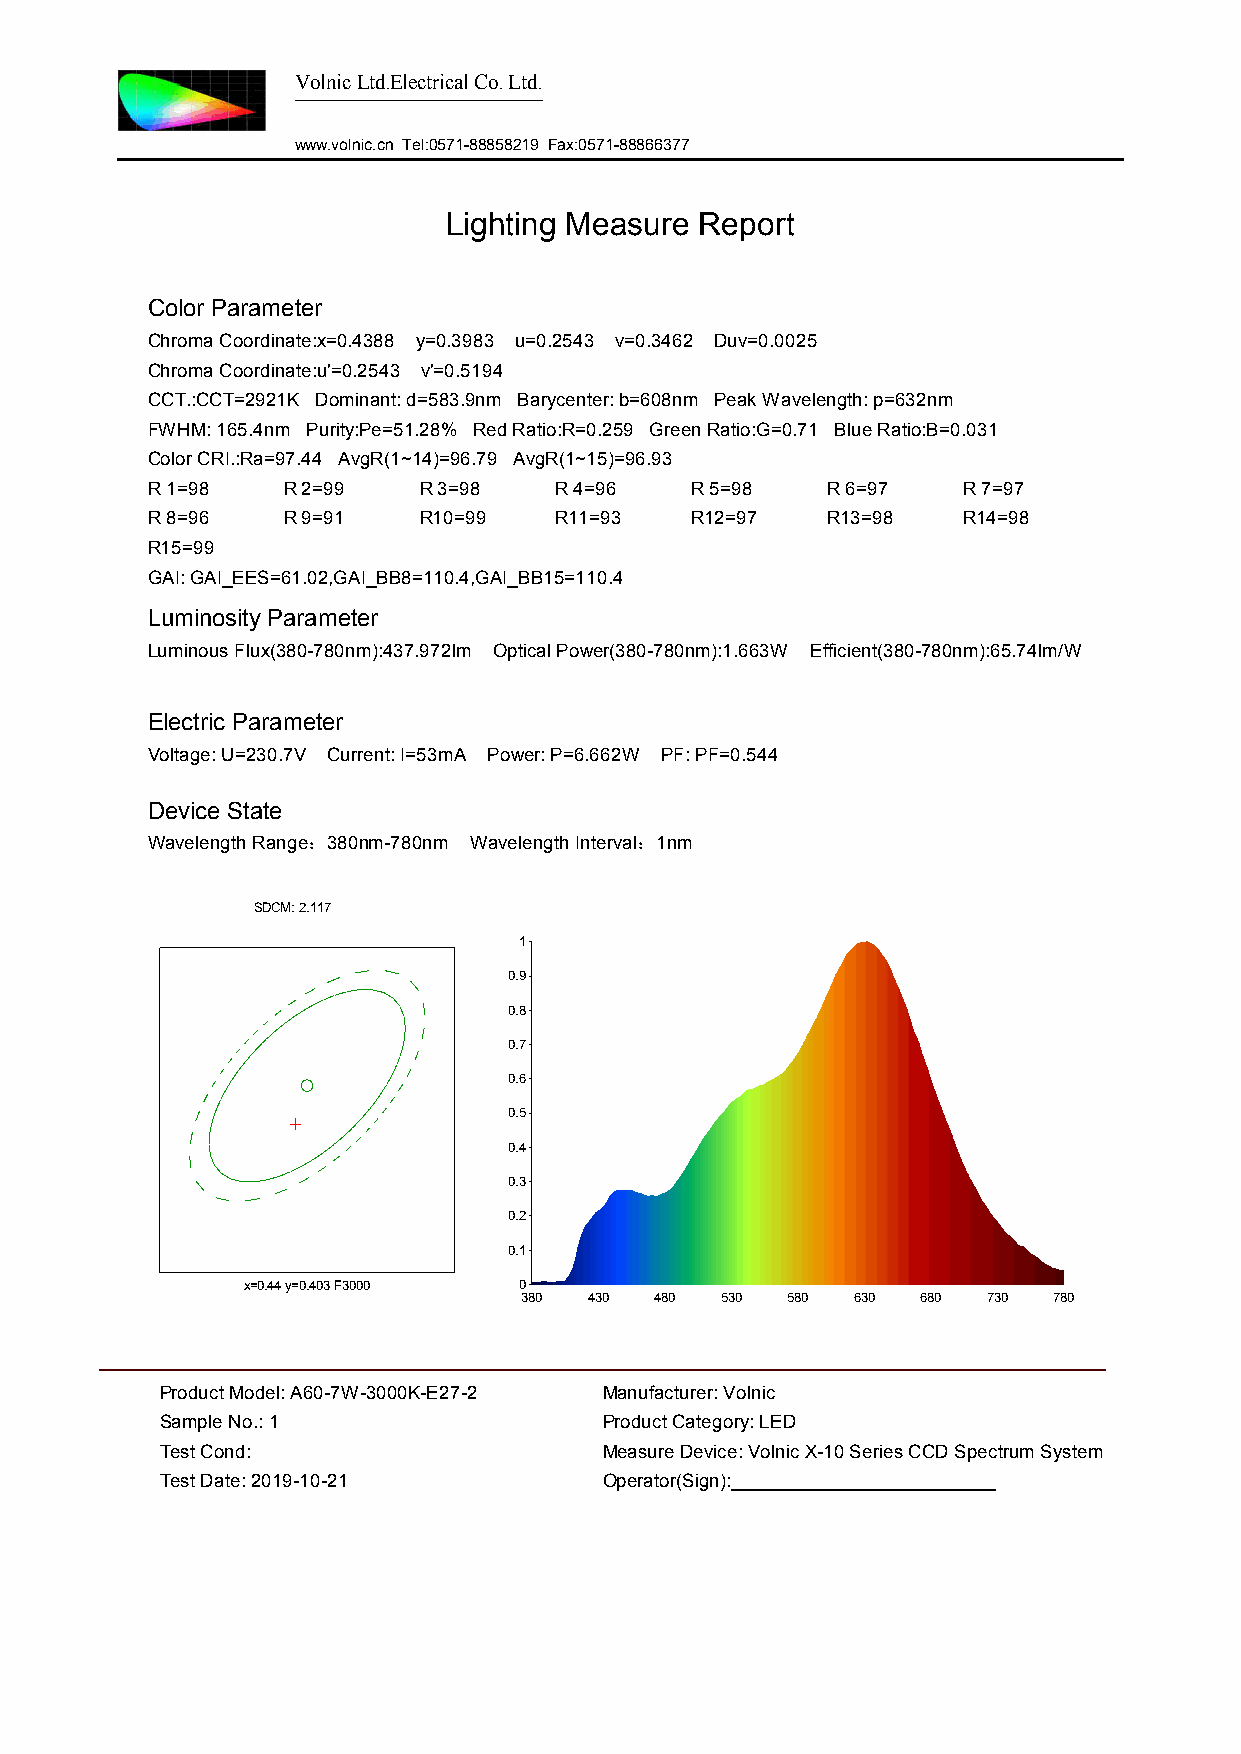
Volnic Ltd.Electrical Co. Ltd.
 www.volnic.cn Tel:0571-88858219 Fax:0571-88866377
 Lighting Measure Report
 Color Parameter
 Chroma Coordinate:x=0.4388 y=0.3983 u=0.2543 v=0.3462 Duv=0.0025
 Chroma Coordinate:u'=0.2543 v'=0.5194
 CCT.:CCT=2921K Dominant: d=583.9nm Barycenter: b=608nm Peak Wavelength: p=632nm
 FWHM: 165.4nm Purity:Pe=51.28% Red Ratio:R=0.259 Green Ratio:G=0.71 Blue Ratio:B=0.031
 Color CRI.:Ra=97.44 AvgR(1~14)=96.79 AvgR(1~15)=96.93
 R 1=98   R 2=99   R 3=98   R 4=96   R 5=98   R 6=97   R 7=97
 R 8=96   R 9=91   R10=99   R11=93   R12=97   R13=98   R14=98
 R15=99
 GAI: GAI_EES=61.02,GAI_BB8=110.4,GAI_BB15=110.4
 Luminosity Parameter
 Luminous Flux(380-780nm):437.972lm Optical Power(380-780nm):1.663W Efficient(380-780nm):65.74lm/W
 Electric Parameter
 Voltage: U=230.7V Current: I=53mA Power: P=6.662W PF: PF=0.544
 Device State
 Wavelength Range：380nm-780nm Wavelength Interval：1nm
 SDCM: 2.117
 1
 0.9
 0.8
 0.7
 0.6
 0.5
 0.4
 0.3
 0.2
 0.1
 x=0.44 y=0.403 F3000 0
 380  430 480  530 580 630  680 730  780
 Product Model: A60-7W-3000K-E27-2 Manufacturer: Volnic
 Sample No.: 1                Product Category: LED
 Test Cond:                   Measure Device: Volnic X-10 Series CCD Spectrum System
 Test Date: 2019-10-21        Operator(Sign):_________________________